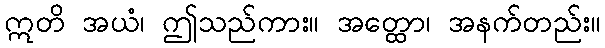
ဣတိ အယံ၊ ဤသည်ကား။ အတ္ထော၊ အနက်တည်း။